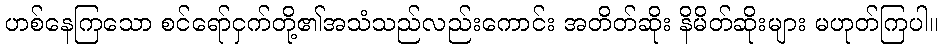
ဟစ်နေကြသော စင်ရော်ငှက်တို့၏အသံသည်လည်းကောင်း အတိတ်ဆိုး နိမိတ်ဆိုးများ မဟုတ်ကြပါ။